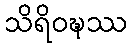
သိရိဝဍ္ဎဿ